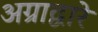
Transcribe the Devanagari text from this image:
अग्राद्वारे